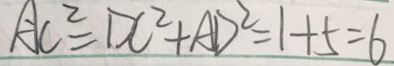
A C ^ { 2 } = D C ^ { 2 } + A D ^ { 2 } = 1 + 5 = 6